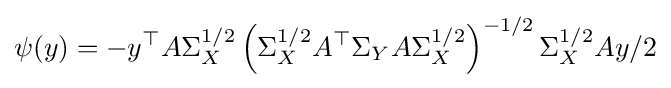
\psi (y)=-y^{\top }A\Sigma _{X}^{1/2}\left(\Sigma _{X}^{1/2}A^{\top }\Sigma _{Y}A\Sigma _{X}^{1/2}\right)^{-1/2}\Sigma _{X}^{1/2}Ay/2